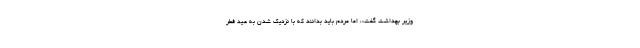
وزیر بهداشت گفت:، اما مردم باید بدانند که با نزدیک شدن به عید فطر